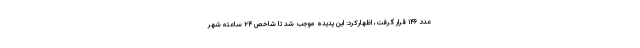
عدد ۱۴۶ قرار گرفت، اظهارکرد: این پدیده موجب شد تا شاخص ۲۴ ساعته شهر